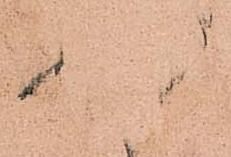
可